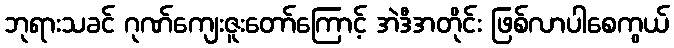
ဘုရားသခင် ဂုဏ်ကျေးဇူးတော်ကြောင့် အဲဒီအတိုင်း ဖြစ်လာပါစေကွယ်